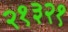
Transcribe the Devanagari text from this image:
२१३२१